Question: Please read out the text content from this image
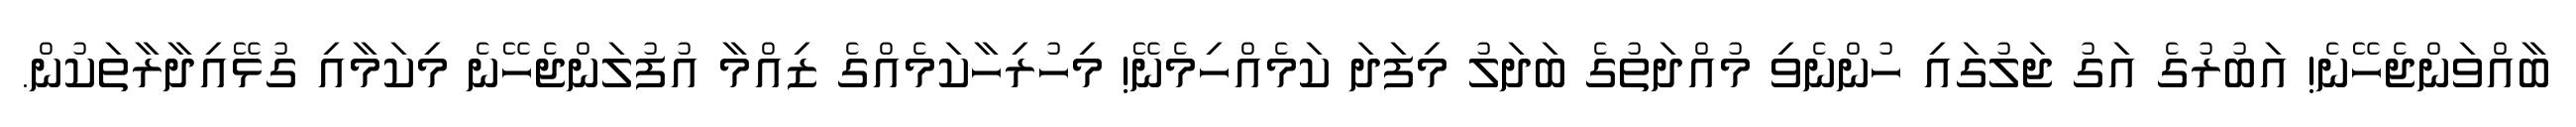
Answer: ބާއްވަންޖެހޭނެ! އަބުރުގެ އަގު ޖަލުގައި ހުންނެވި މުއްދަތުގެ ބަދަލު މިފަދަ ކަމެއްހިމެނޭ! މިހުރިހާކަމެއްގެ ޒިއްމާ އުފުލަންޖެހޭނެ މިކަމާއި ގުޅޭއިދާރާތަކުން.